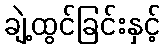
ချဲ့ထွင်ခြင်းနှင့်